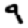
Digit: 9